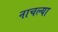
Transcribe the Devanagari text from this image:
नाचल्या